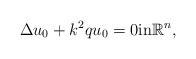
LaTeX: \begin{align*} \Delta u_0 +k^2qu_0=0\mbox{in} \mathbb R^n, \end{align*}